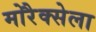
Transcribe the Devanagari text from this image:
मोरैक्सेला